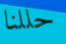
حللنا